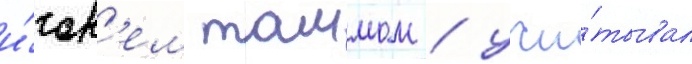
и́гор'ем таммом / учи́тывал